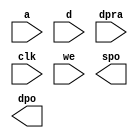
module dcacheStatus(
	a,
	d,
	dpra,
	clk,
	we,
	spo,
	dpo);


input [6 : 0] a;
input [1 : 0] d;
input [6 : 0] dpra;
input clk;
input we;
output [1 : 0] spo;
output [1 : 0] dpo;

// synthesis translate_off

      DIST_MEM_GEN_V5_1 #(
		.C_ADDR_WIDTH(7),
		.C_DEFAULT_DATA("0"),
		.C_DEPTH(128),
		.C_FAMILY("virtex5"),
		.C_HAS_CLK(1),
		.C_HAS_D(1),
		.C_HAS_DPO(1),
		.C_HAS_DPRA(1),
		.C_HAS_I_CE(0),
		.C_HAS_QDPO(0),
		.C_HAS_QDPO_CE(0),
		.C_HAS_QDPO_CLK(0),
		.C_HAS_QDPO_RST(0),
		.C_HAS_QDPO_SRST(0),
		.C_HAS_QSPO(0),
		.C_HAS_QSPO_CE(0),
		.C_HAS_QSPO_RST(0),
		.C_HAS_QSPO_SRST(0),
		.C_HAS_SPO(1),
		.C_HAS_SPRA(0),
		.C_HAS_WE(1),
		.C_MEM_INIT_FILE("no_coe_file_loaded"),
		.C_MEM_TYPE(2),
		.C_PARSER_TYPE(1),
		.C_PIPELINE_STAGES(0),
		.C_QCE_JOINED(0),
		.C_QUALIFY_WE(0),
		.C_READ_MIF(0),
		.C_REG_A_D_INPUTS(0),
		.C_REG_DPRA_INPUT(0),
		.C_SYNC_ENABLE(1),
		.C_WIDTH(2))
	inst (
		.A(a),
		.D(d),
		.DPRA(dpra),
		.CLK(clk),
		.WE(we),
		.SPO(spo),
		.DPO(dpo),
		.SPRA(),
		.I_CE(),
		.QSPO_CE(),
		.QDPO_CE(),
		.QDPO_CLK(),
		.QSPO_RST(),
		.QDPO_RST(),
		.QSPO_SRST(),
		.QDPO_SRST(),
		.QSPO(),
		.QDPO());


// synthesis translate_on

// XST black box declaration
// box_type "black_box"
// synthesis attribute box_type of dcacheStatus is "black_box"

endmodule